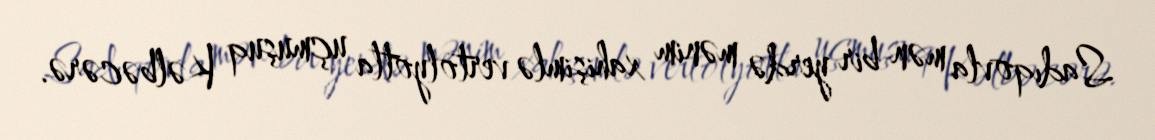
Sadıqovla mən bir yerdə mənim xahişimlə vertolyotla uçmuşuq Kəlbəcərə.